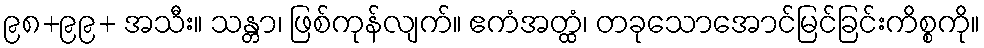
၉၈+၉၉+ အသီး။ သန္တာ၊ ဖြစ်ကုန်လျက်။ ဧကံအတ္ထံ၊ တခုသောအောင်မြင်ခြင်းကိစ္စကို။